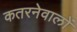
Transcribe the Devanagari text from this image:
कतरनेवालों